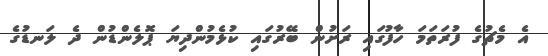
އެ މެޗުގެ ފުރަތަމަ ހާފުގައި ރަށުން ބޭރުގައި ކުޅެމުންދިޔަ ޕޮލެންޑުން ދެ ލަނޑުގެ